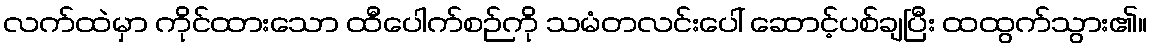
လက်ထဲမှာ ကိုင်ထားသော ထီပေါက်စဉ်ကို သမံတလင်းပေါ် ဆောင့်ပစ်ချပြီး ထထွက်သွား၏။